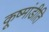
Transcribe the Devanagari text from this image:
कूष्मांडीति